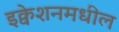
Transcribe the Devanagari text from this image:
इक्वेशनमधील